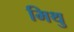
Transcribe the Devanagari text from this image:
मिथु